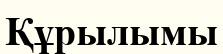
Құрылымы